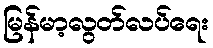
မြန်မာ့လွတ်လပ်ရေး